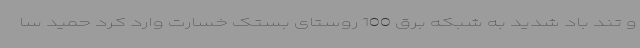
و تند باد شدید به شبکه برق 100 روستای بستک خسارت وارد کرد حمید سا